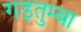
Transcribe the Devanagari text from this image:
गड़तुम्बा